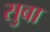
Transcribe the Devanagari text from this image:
सुबा